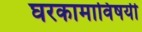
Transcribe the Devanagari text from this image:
घरकामाविषयी